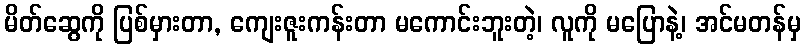
မိတ်ဆွေကို ပြစ်မှားတာ, ကျေးဇူးကန်းတာ မကောင်းဘူးတဲ့၊ လူကို မပြောနဲ့၊ အင်မတန်မှ